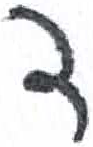
אות: ד